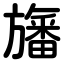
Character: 旛